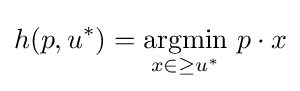
h(p,u^{*})={\underset {x\in \geq u^{*}}{\operatorname {argmin} }}\ p\cdot x